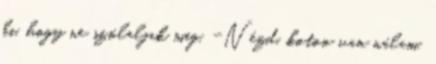
ki, hogy ne szólaljak meg. -Nézd, koton van nálam,